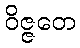
ဝိဇ္ဇတေ